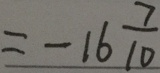
= - 1 6 \frac { 7 } { 1 0 }